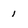
Character: 1